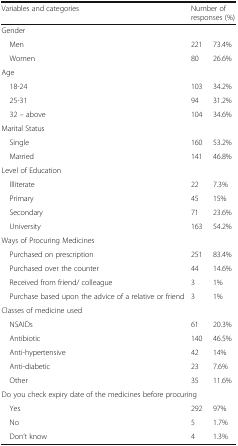
| Variables and categories | <COLSPAN=2> Number of responses (%) |
 | --- | --- | --- |
 | <COLSPAN=3> Gender |
 | Men | 221 | 73.4% |
 | Women | 80 | 26.6% |
 | <COLSPAN=3> Age |
 | 18-24 | 103 | 34.2% |
 | 25-31 | 94 | 31.2% |
 | 32 – above | 104 | 34.6% |
 | <COLSPAN=3> Marital Status |
 | Single | 160 | 53.2% |
 | Married | 141 | 46.8% |
 | <COLSPAN=3> Level of Education |
 | Illiterate | 22 | 7.3% |
 | Primary | 45 | 15% |
 | Secondary | 71 | 23.6% |
 | University | 163 | 54.2% |
 | <COLSPAN=3> Ways of Procuring Medicines |
 | Purchased on prescription | 251 | 83.4% |
 | Purchased over the counter | 44 | 14.6% |
 | Received from friend/ colleague | 3 | 1% |
 | Purchase based upon the advice of a relative or friend | 3 | 1% |
 | <COLSPAN=3> Classes of medicine used |
 | NSAIDs | 61 | 20.3% |
 | Antibiotic | 140 | 46.5% |
 | Anti-hypertensive | 42 | 14% |
 | Anti-diabetic | 23 | 7.6% |
 | Other | 35 | 11.6% |
 | <COLSPAN=3> Do you check expiry date of the medicines before procuring |
 | Yes | 292 | 97% |
 | No | 5 | 1.7% |
 | Don’t know | 4 | 1.3% |